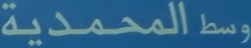
وسطالمحمدية